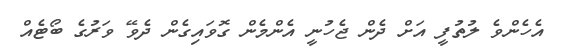
އެހެންވެ ލުތުފީ އަށް ދެން ޖެހުނީ އެންމެން ގޮވައިގެން ދެވޭ ވަރުގެ ބޯޓެއް